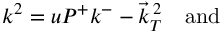
k ^ { 2 } = u P ^ { + } k ^ { - } - \vec { k } _ { T } ^ { \, 2 } \quad \mathrm { a n d }